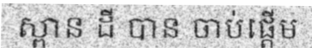
ស្ពាន ដី បាន ចាប់ផ្តើម